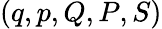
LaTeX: (q,p,Q,P,S)